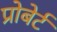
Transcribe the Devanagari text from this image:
प्रोबेर्ट